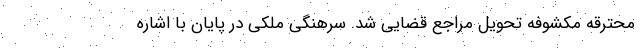
محترقه مکشوفه تحویل مراجع قضایی شد. سرهنگی ملکی در پایان با اشاره